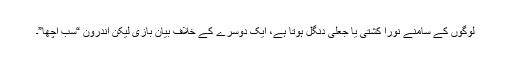
لوگوں کے سامنے نورا کْشتی یا جعلی دنگل ہوتا ہے، ایک دوسرے کے خلاف بیان بازی لیکن اندرون “سب اچھا”۔